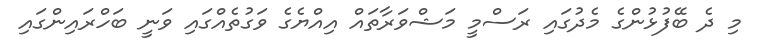
މި ދެ ބޭފުޅުންގެ މެދުގައި ރަސްމީ މަޝްވަރާތައް އިއްޔެގެ ވަގުތެއްގައި ވަނީ ބަހްރައިންގައި